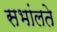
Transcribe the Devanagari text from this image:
सभांलते